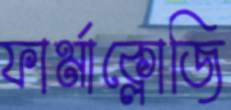
ফার্মাক্লোজি